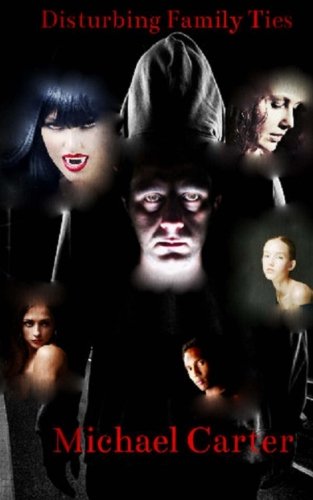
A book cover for Disturbing Family Ties; Michael Carter; Teen & Young Adult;